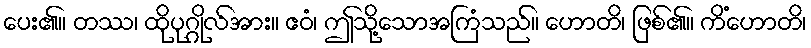
ပေး၏။ တဿ၊ ထိုပုဂ္ဂိုလ်အား။ ဧဝံ၊ ဤသို့သောအကြံသည်။ ဟောတိ၊ ဖြစ်၏။ ကိံဟောတိ၊